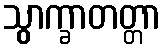
သွာက္ခာတတ္တာ